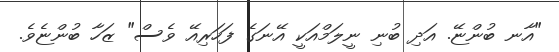
"އާނ ބުންޏޭ. އަދި ބުނި ނީލަމްއަކީ އޭނަގެ ފަހަރިއޭ ވެސް" ޒަހާ ބުންޏެވެ.